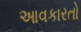
આવકારતો